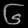
Digit: ၆